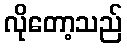
လိုတော့သည်